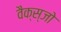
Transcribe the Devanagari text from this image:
वैक्स्जो